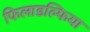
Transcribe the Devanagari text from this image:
फिलाडल्फिया